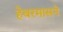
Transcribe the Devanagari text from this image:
हेबरमासने